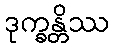
ဒုက္ခန္တိဿ